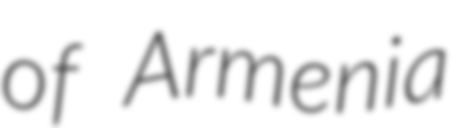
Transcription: of Armenia